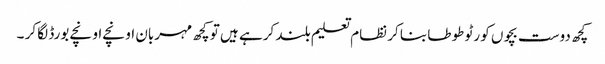
کچھ دوست بچوں کو رٹو طوطا بنا کر نظام تعلیم بلند کرہے ہیں تو کچھ مہربان اونچے اونچے بورڈ لگا کر ۔